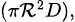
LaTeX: \scriptstyle(\pi\mathcal{R}^{2}D),